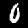
Label: 0